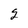
Character: 2